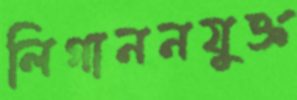
লিগাননযুক্ত